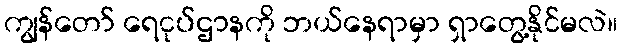
ကျွန်တော် ရေငုပ်ဌာနကို ဘယ်နေရာမှာ ရှာတွေ့နိုင်မလဲ။